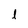
Character: l